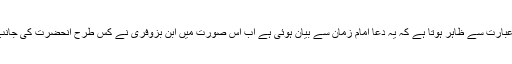
کہ یہ دعا کس امام سے بیان ہوئی ہے ابن بزوفری کی عبارت سے ظاہر ہوتا ہے کہ یہ دعا امام زمانؑ سے بیان ہوئی ہے اب اس صورت میں ابن بزوفری نے کس طرح آنحضرت ؐکی جانب سے اسے نقل کیاہے تو اس بارے میں دو احتمال ہیں ۔